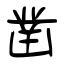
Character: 凿